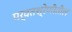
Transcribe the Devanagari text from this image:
पर्वतश्रेणीतील